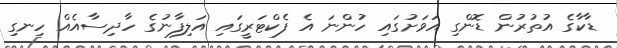
ޑާކާގެ އުތުރުން ޑޮންގި އަވަށުގައި ހުންނަ އެ ފެކްޓަރީގައި އަލިފާނުގެ ހާދިސާއެއް ހިނގި